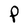
Character: P